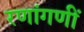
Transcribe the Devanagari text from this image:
रणांगणीं